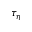
\tau _ { \eta }